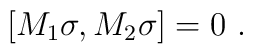
\lbrack M_{1}\sigma,M_{2}\sigma]=0\,\,.